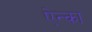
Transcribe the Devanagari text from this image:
ऐन्का